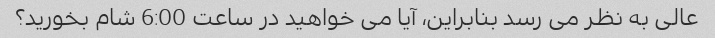
عالی به نظر می رسد بنابراین، آیا می خواهید در ساعت 6:00 شام بخورید؟